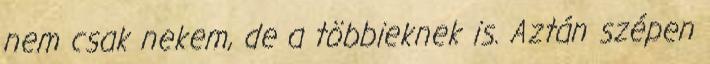
nem csak nekem, de a többieknek is. Aztán szépen